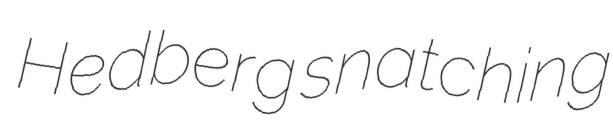
Hedberg snatching